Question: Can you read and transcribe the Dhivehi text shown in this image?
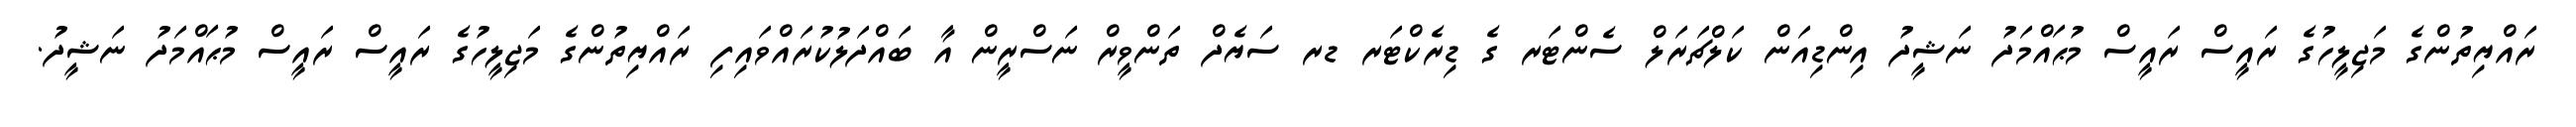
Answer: ރައްޔިތުންގެ މަޖިލީހުގެ ރައީސް ރައީސް މުޙައްމަދު ނަޝީދު އިންޑިއަން ކަލްޗަރަލް ސެންޓަރ ގެ ޑިރެކްޓަރ ޑރ ސަޔެދް ތަންވީރް ނަސްރީން އާ ބައްދަލުކުރައްވައިފި ރައްޔިތުންގެ މަޖިލީހުގެ ރައީސް ރައީސް މުޙައްމަދު ނަޝީދު.